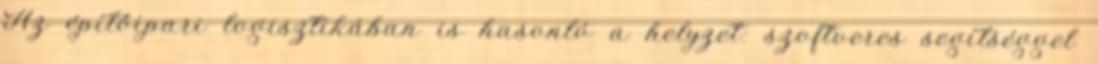
Az építőipari logisztikában is hasonló a helyzet: szoftveres segítséggel